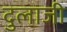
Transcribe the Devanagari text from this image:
दुलाजी